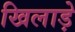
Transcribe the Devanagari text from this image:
खिलाड़े